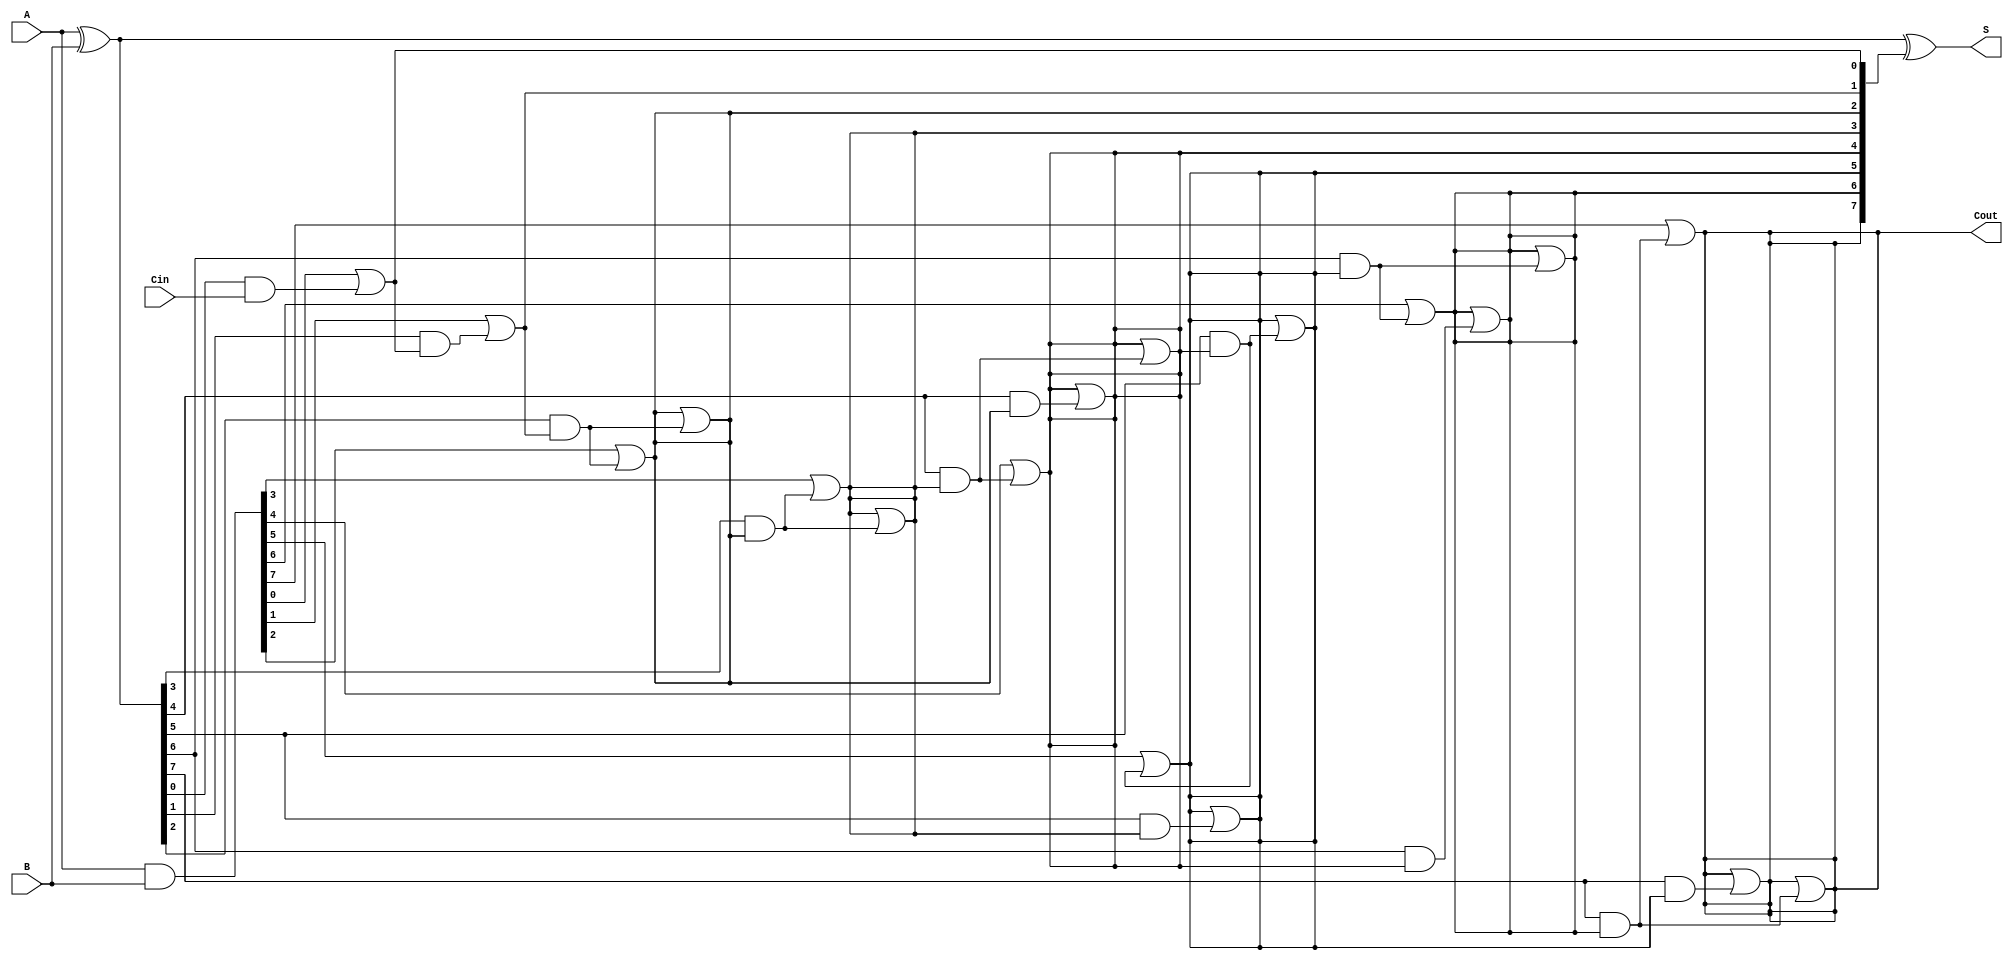
module KoggeStoneAdder #(parameter N = 8) (
    input [N-1:0] A,      // First operand
    input [N-1:0] B,      // Second operand
    input Cin,            // Carry-in
    output [N-1:0] S,     // Sum output
    output Cout           // Carry-out output
);

    // Generate and Propagate signals
    wire [N-1:0] G;      // Generate
    wire [N-1:0] P;      // Propagate
    wire [N:0] C;        // Carry

    // Generate and Propagate calculation
    assign G = A & B;    // Generate
    assign P = A ^ B;    // Propagate

    // Initial carry-in
    assign C[0] = Cin;

    // Kogge-Stone Prefix Carry Generation
    genvar i, j, k;
    generate
        // First stage (0)
        for (i = 0; i < N; i = i + 1) begin: stage0
            assign C[i+1] = G[i] | (P[i] & C[i]);
        end

        // Subsequent stages
        for (k = 1; (1 << k) < N; k = k + 1) begin: stages
            for (i = 0; i < N; i = i + 1) begin: stage
                if (i >= (1 << k)) begin
                    assign C[i+1] = C[i+1] | (P[i] & C[i - (1 << (k-1)) + 1]);
                end
            end
        end
    endgenerate

    // Sum Calculation
    assign S = P ^ C[N:1]; // Sum is Propagate XOR Carry

    // Final Carry-out
    assign Cout = C[N];

endmodule